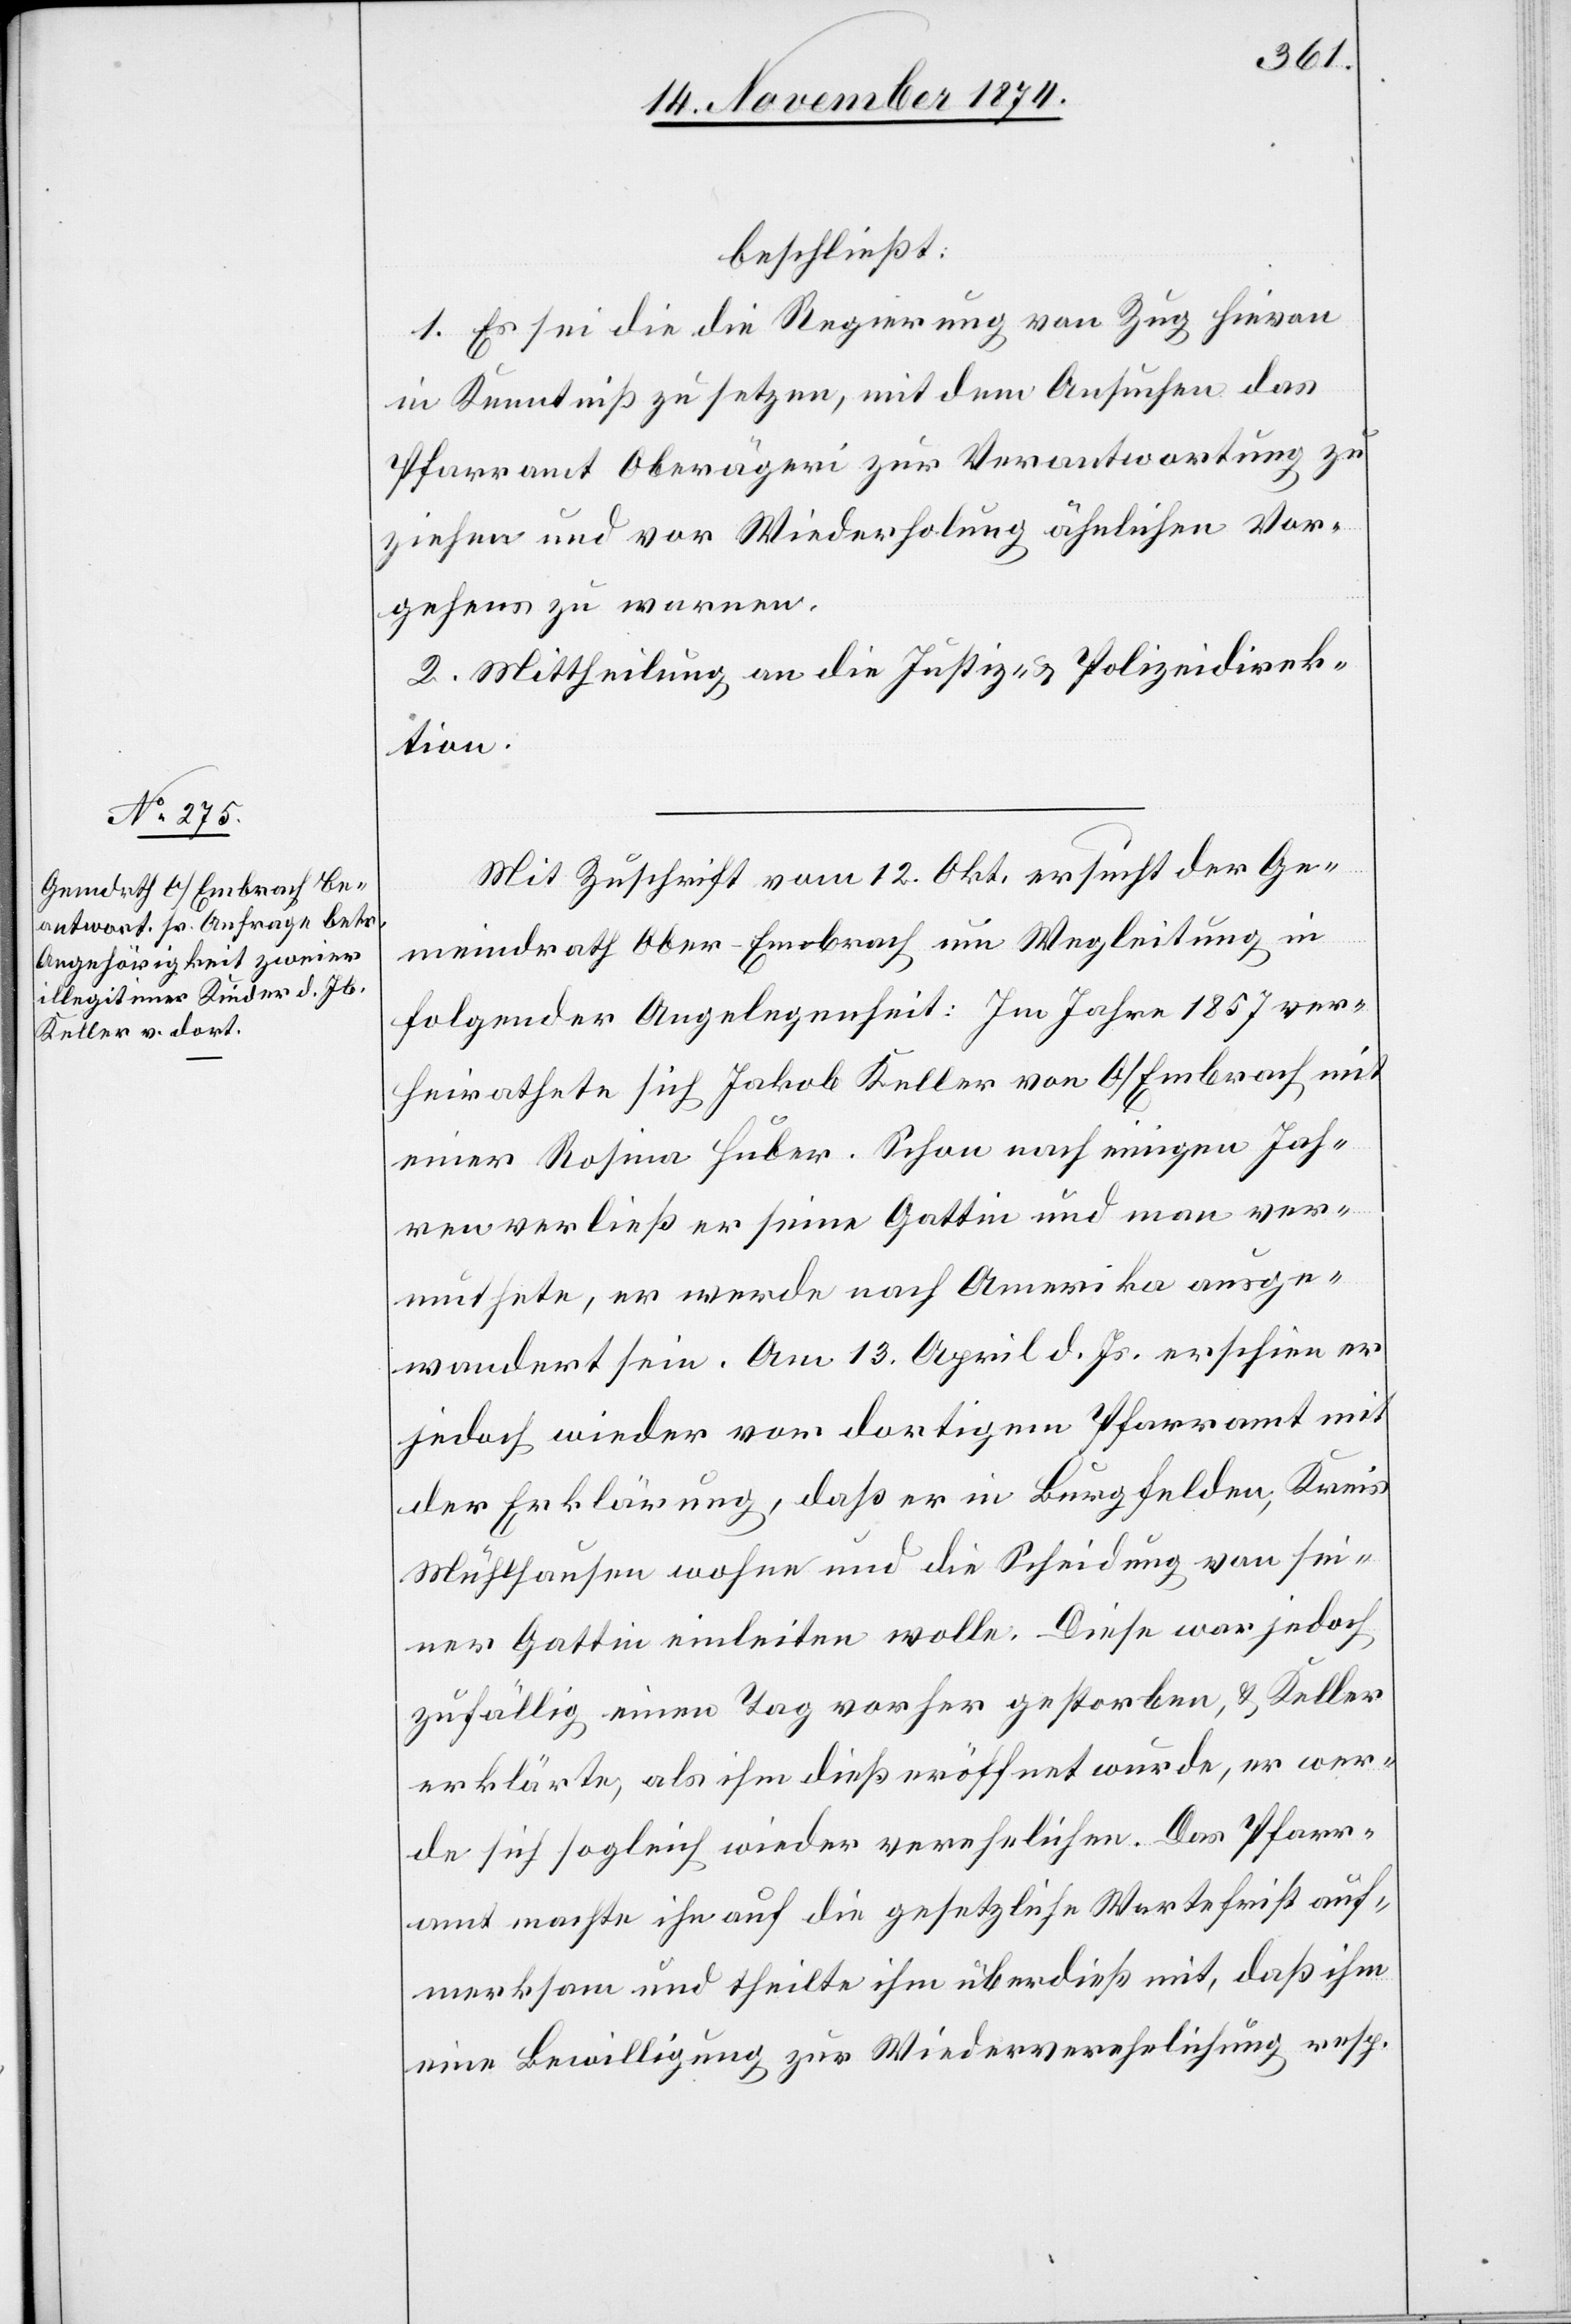
beschließt:
1. Es sei die die [sic!] Regierung von Zug hievon
in Kenntniß zu setzen, mit dem Ansuchen das
Pfarramt Oberägeri zur Verantwortung zu
ziehen und vor Wiederholung ähnlichen Vor¬
gehens zu warnen.
2. Mittheilung an die Justiz- & Polizeidirek¬
tion.
Mit Zuschrift vom 12. Okt. ersucht der Ge¬
meindrath Ober-Embrach um Wegleitung in
folgender Angelegenheit: Im Jahre 1857 ver¬
heirathete sich Jakob Keller von O/Embrach mit
einer Rosina Huber. Schon nach einigen Jah¬
ren verließ er seine Gattin und man ver¬
muthete, er werde nach Amerika ausge¬
wandert sein. Am 13. April d. Js. erschien er
jedoch wieder vor dortigem Pfarramt mit
der Erklärung, daß er in Burgfelden, Kreis
Mühlhausen wohne und die Scheidung von sei¬
ner Gattin einleiten wolle. Diese war jedoch
zufällig einen Tag vorher gestorben, & Keller
erklärte, als ihm dieß eröffnet wurde, er wer¬
de sich sogleich wieder verehelichen. Das Pfarr¬
amt machte ihn auf die gesetzliche Wartefrist auf¬
merksam und theilte ihm überdieß mit, daß ihm
eine Bewilligung zur Wiederverehelichung resp.